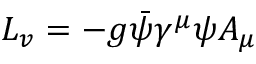
L _ { v } = - g { \bar { \psi } } \gamma ^ { \mu } \psi A _ { \mu }